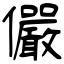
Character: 儼